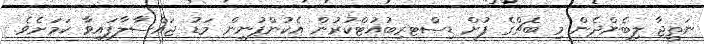
ނަތީޖާ ލިބެންދެން މި ބެޗްގެ ފުށް ޑިސްޓރިބުއުޓްކުރުން އެކުންފުނިން މަޑު ޖައްސާލާފައިވާ ކަމަށެވެ.